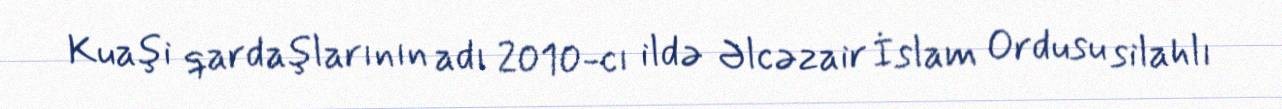
Kuaşi qardaşlarının adı 2010-cı ildə Əlcəzair İslam Ordusu silahlı